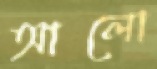
আলো